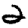
Digit: 2